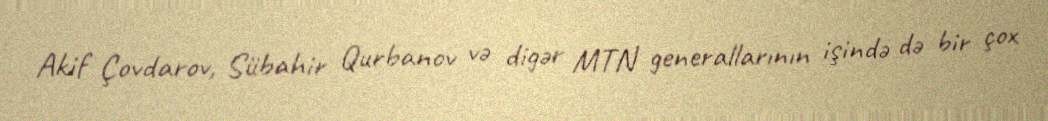
Akif Çovdarov, Sübahir Qurbanov və digər MTN generallarının işində də bir çox